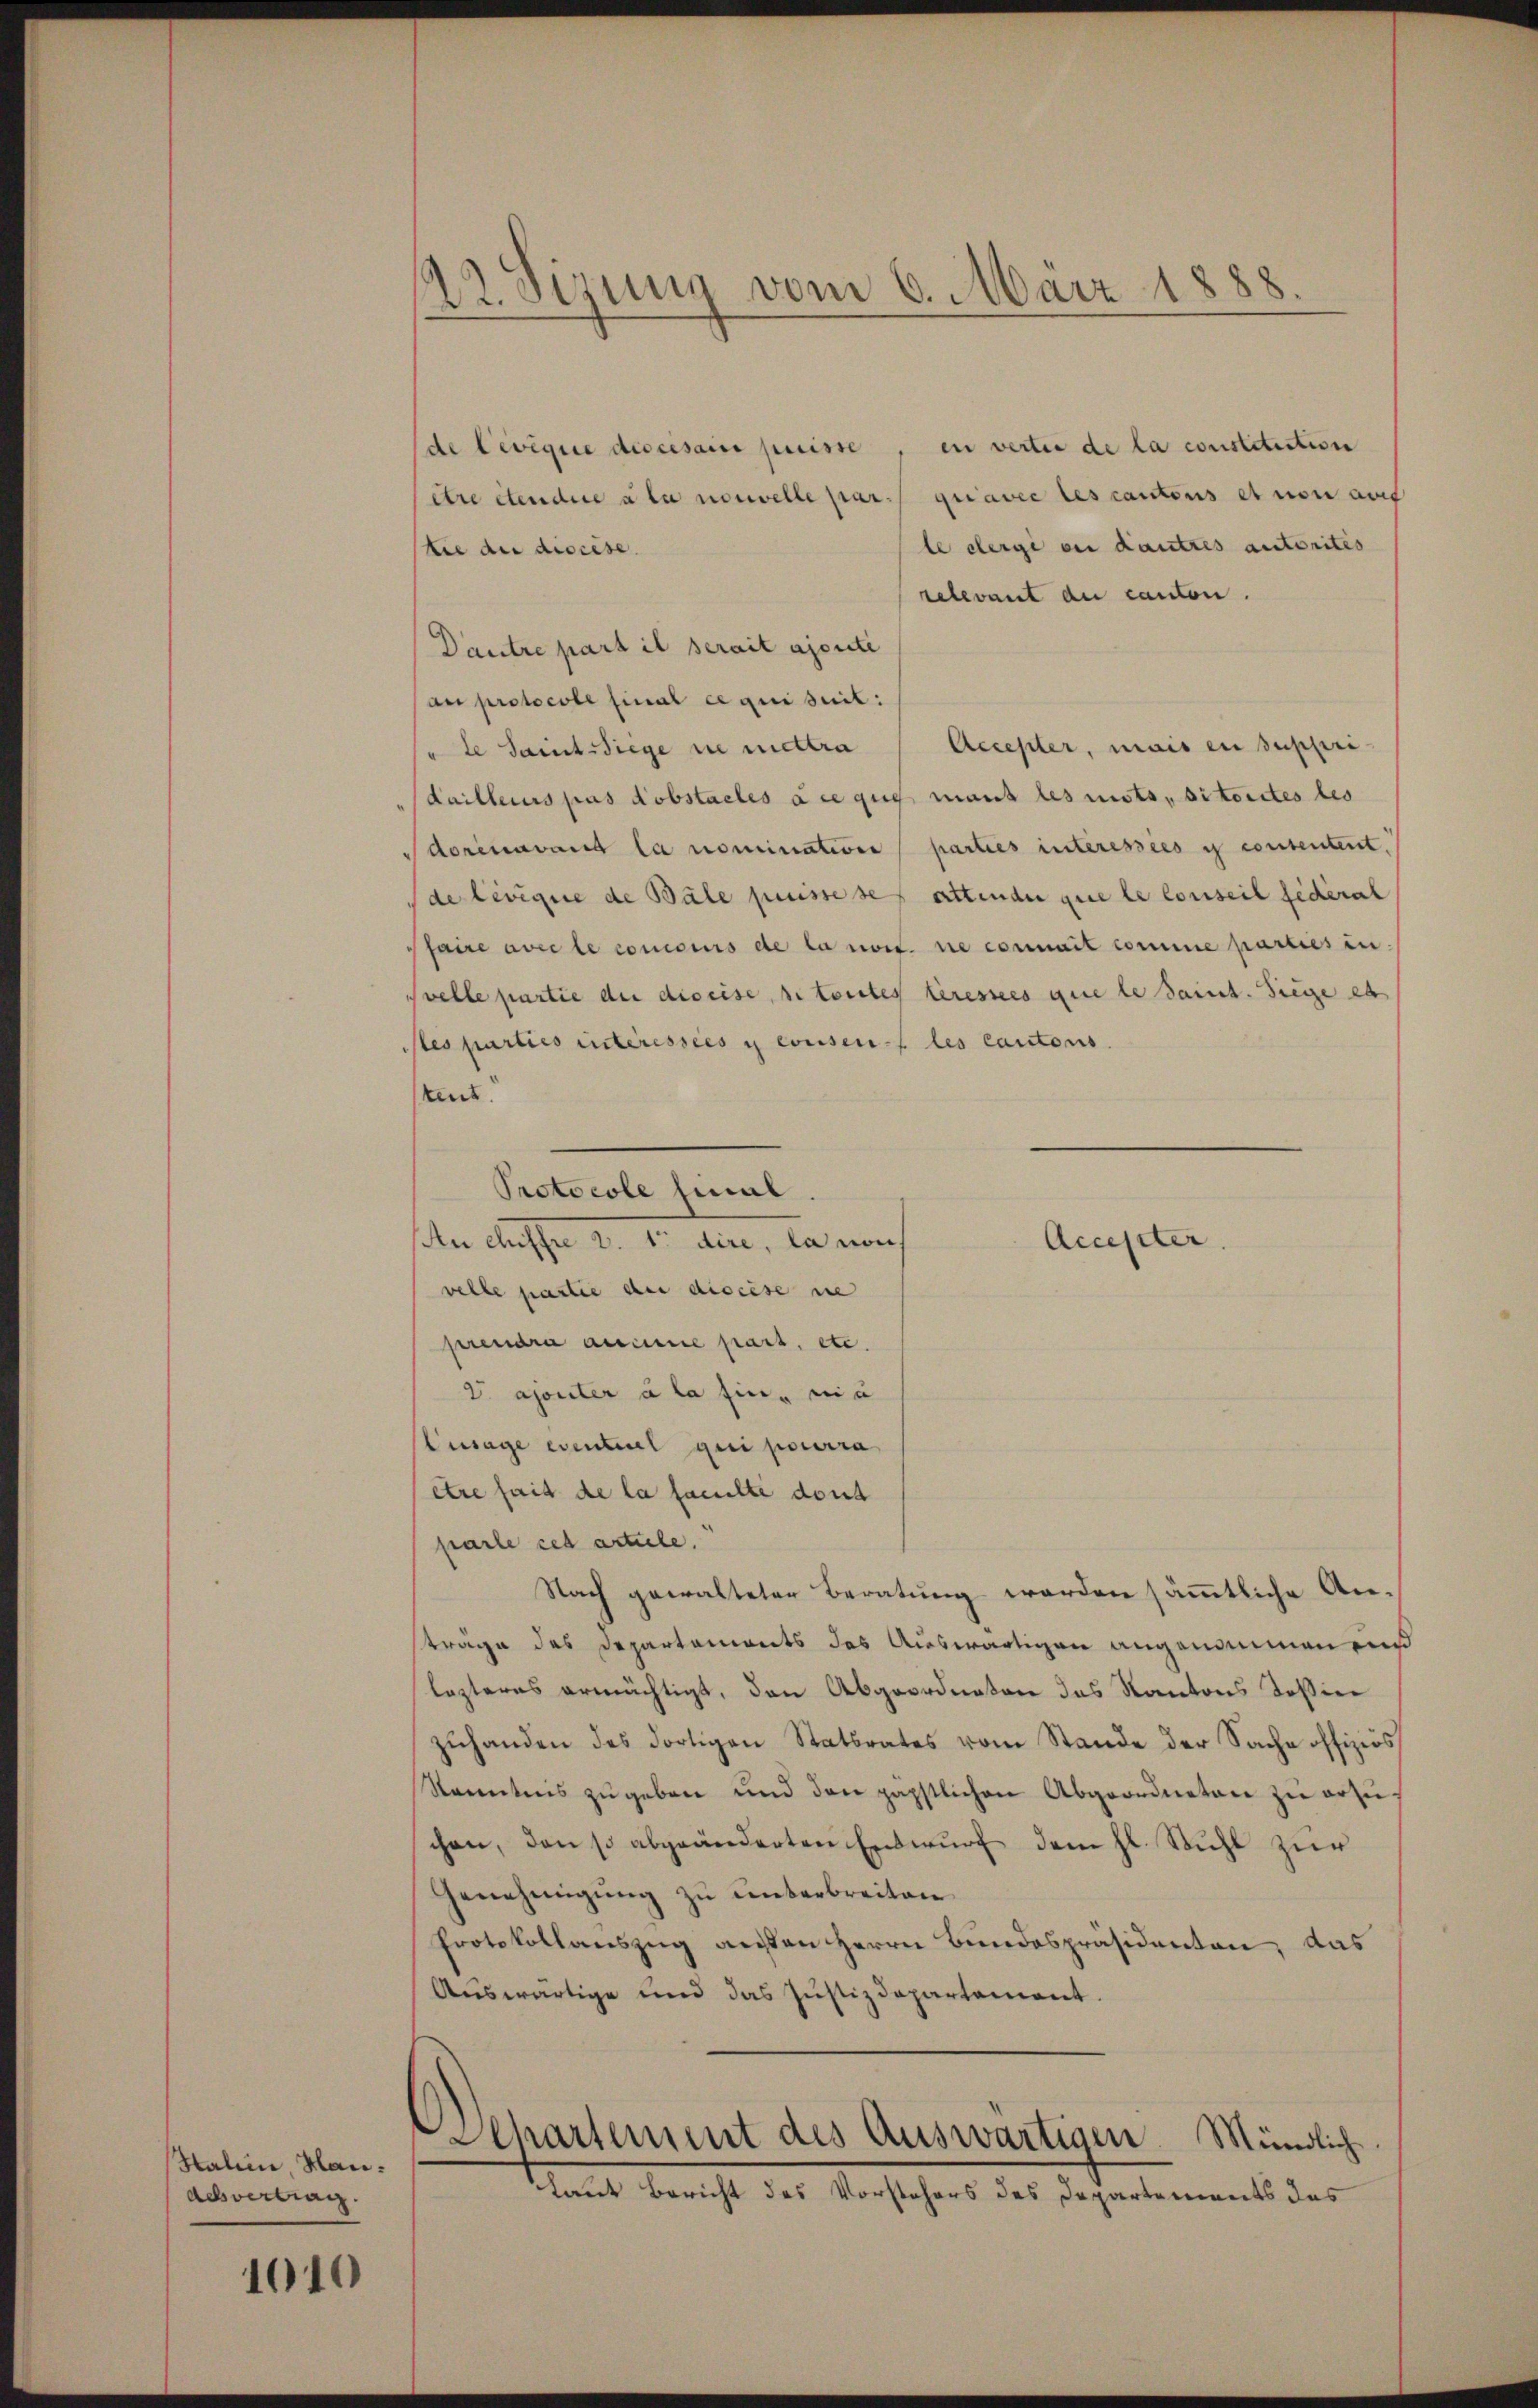
Halien, Hanaebvertrag

1010

22. Sizung vom 6. März 1888.

in vertie de la constitiatione
de Levigue discesare puisse
quavec les cantons et von and
etre étendice à la nouvelle par
le derge ou autres autorités
tie du discese.
relevant du canton.
Dautre part il serait ajouti
an protocole final ce qui suit:
"le Saintssiege nie mettra / Accepter, mais en suppri
Kailleurs pas dobstacles die gug mant les mots, sitorites les
dorenavant la nominativer parties interesses is consentent.
(de levigue de Bäle puisse ses attende que le conseil fédéral
faire avec le concours de la nos ne connait comme parties in
Stelle partie die diseise, si toutes teresses que le Saint. Siege es
Mes parties interessées y consen les cautoris.
tent.
An chiffre d. 1. dire, la noch
velle partie der discese sie
prendra aucune part, etc.
 ajouter à la fin, nic
usage eventuel qui pourra
être fait de la faculte dont
parle cet artiele.
Nach gewalteter Beratung werden sämmtliche Anstrage des Departenants das Auswärtigen angenommenens
lezteres ermächtigt, den Abgeordneten des Kantons Tosier
zŭhanden des dortigen Statsrates vom Stande der Sache offiziös
Kenntnis zŭgeben und den päpstlichen Abgeordneten zu erzü
schon, den so abgeänderten Entwurf dem hl. Stuhl zur
Genehmigung zu unterbreiten
Protokollauszug ausen Herrn Bundespräsidenten, das
Auswärtige und das Justizdepartement.
Departement des Auswärtigen Mündlich
Laut Bericht des Vorstehers des Departements das

Protocole final

Accepter